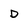
Character: D